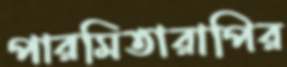
পারমিতারাপির